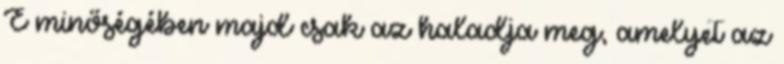
E minőségében majd csak az haladja meg, amelyet az